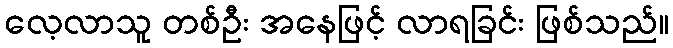
လေ့လာသူ တစ်ဦး အနေဖြင့် လာရခြင်း ဖြစ်သည်။